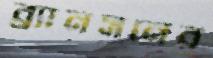
ব্র্যানসনের